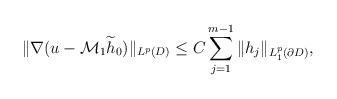
LaTeX: \begin{align*}\|\nabla(u-\mathcal{M}_{1}\widetilde{h}_{0})\|_{L^{p}(D)}\leq C\sum_{j=1}^{m-1}\|h_{j}\|_{L_{1}^{p}(\partial D)},\end{align*}